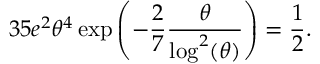
3 5 e ^ { 2 } \theta ^ { 4 } \exp \left( - \frac { 2 } { 7 } \frac { \theta } { \log ^ { 2 } ( \theta ) } \right) = \frac { 1 } { 2 } .